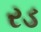
રડ